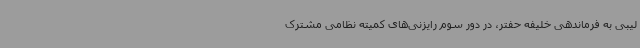
لیبی به فرماندهی خلیفه حفتر، در دور سوم رایزنی‌های کمیته نظامی مشترک